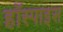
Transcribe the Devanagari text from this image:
हॉस्पाइस